[Report on the health of British troops in the Madras command]
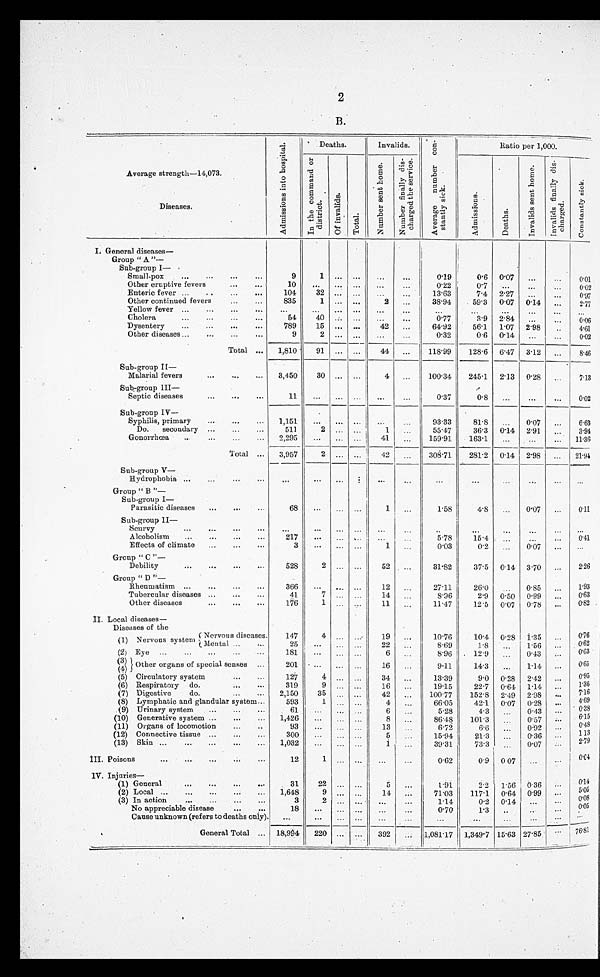
2
B.
Average strength—14,073.
Diseases.
A d m i s s i o n s i n t o h o s p i t a l .
Deaths.
Invalids.
A v e r a g e n u m b e r c o n - s t a n t l y s i c k .
Ratio per 1,000.
I n t h e c o m m a n d o r d i s t r i c t .
O f i n v a l i d s .
T o t a l .
N u m b e r s e n t h o m e .
N u m b e r f i n a l l y d i s - c h a r g e d t h e s e r v i c e .
A d m i s s i o n s .
D e a t h s .
I n v a l i d s s e n t h o m e .
I. General diseases
—
Group " A "—
Sub-group I
—
Small-pox
9
1
. . .
. . .
. . .
. . .
0.19
0.6 0.07 ...
. . .
0.01
Other eruptive fevers
10
...
. . .
. . .
. . .
. . .
0.22
0 . 7
. . .
. . .
. . .
Enteric fever
104
32 ... ...
...
...
13.63
7.4 2.27
. . .
. . .
0.97
Other continued fevers
835
1
. . .
. . .
2
. . .
38.94
59.3 0.07 0.14
2.77
Yellow fever
...
. . .
. . .
. . .
. . .
. . .
. . .
. . .
. . .
. . .
Cholera
54
40
. . .
. . .
. . .
. . .
0.77
3.9 2.84
. . . 0.06
Dysentery
789
15 ... ...
42 ...
64.92
56.1 1.07 2.98
..
4.61
Other diseases
9
2
. . .
. . .
. . .
. . .
0.32
0.6 0.14
. . . 0.02
Total
1,810
91 ...
. . .
44 ...
118.99
128.6 6.47 3.12 ...
8.46
Sub-group II
—
Malarial fevers
3,450
30 ... ...
4 ...
100.34
245.1 2.13 0.28
7.13
Sub-group III
—
Septic diseases
1 1
. . .
. . .
. . .
. . .
. . .
0.37
0.8
...
...
0.02
Sub-group IV—
Syphilis, primary
1,1.51
...
... ...
. . .
. . .
93.33
81.8 ...
0.07 ...
6.63
Do. secondary
511
2 ...
. . .
1 ...
55.47
36.3 0.14 2.9
...
3.94
Gonorrhœa
2,295
...
...
41 ...
159.91
163.1
...
...
... 11.36
Total
3,957
2 ...
. . .
42 ...
308.71
281.2 0.14 2.98 ... 21.94
Sub-group V
—
Hydrophobia
. . .
. . .
. . .
. . . . . .
. . .
. . . ...
...
. . .
Group " B "—
Sub-group 1
—
Parasitic diseases
68
. . .
...
. . .
. . .
. . .
1.58
4.8 ...
0.07
. . .
0.11
Sub-group II
—
Scurvy
. . .
. . .
. . .
. . .
. . .
. . .
. . . ...
. . .
. . .
. . .
Alcoholism
217
. . .
. . .
. . .
. . .
. . .
5.78
15.4
. . .
. . .
. . .
0.41
Effects of climate
3
. . .
. . .
. . .
1 ...
0.03
0.2 ...
0.07 ...
Group " C "
—
Debility
528
2 ...
. . .
52
. . .
31.82
37.5 0.14 3.70
. . .
2.26
Group " D "
—
Rheumatism
366
...
... ...
12 ...
27.11
26.0
...
0.85 ...
1.93
Tubercular diseases
41
7 ...
. . .
14 ...
8.96
2.9 0.50 0.99 ...
0.63
Other diseases
176
1
. . .
. . . 1 1
. . .
11.47
12.5 0.07 0.78 ...
0.82
II. Local diseases
—
Diseases of the
(1) Nervous system Nervous diseases.
147
4
. . .
. . .
19 ...
10.76
10.4 0.28 1.35
0.76
Mental
25
. . .
. . .
. . .
22 ...
8.69
1 . 8
. . .
1 . 5 6
...
0.62
(2) Eye
181
...
...
. . .
6 ...
8 . 9 6 12.9
. . .
0 . 4 3
. . .
0.63
(3) Other organs of special senses
201
. . .
...
. . .
16 ...
9.11
14.3
...
1.14 ...
0.65
(4)
(5) Circulatory system
127
4 ... ...
34
. . .
13.39
9.0 0.28 2.42
0.95
(6) Respiratory do.
319
9
. . .
. . .
16 ...
19.15
22.7 0.64 1.14 ...
1.36
(7) Digestive
do.
2,150
35 ...
. . .
42 ...
100.77
152.8 2.49 2.98
7.16
(8) Lymphatic and glandular system
593
1 ...
. . .
4 ...
66.05
42.1 0.07 0.28
4.69
(9) Urinary system
61
...
. . .
. . .
6
. . .
5.28
4.3
. . .
0.43 ...
0.38
(10) Generative system
1,426
. . .
. . .
. . .
8
...
86.48
101.3
...
0.57
(11) Organs of locomotion
93
...
. . .
. . .
13
. . .
6.72
6.6
. . .
0.92
. . .
0.48
(12) Connective tissue
300
. . .
. . .
. . .
5
. . .
15.94
21.3
...
0.36
1.13
(13) Skin
1,032
...
. . .
...
1
...
39.31
73.3
...
0.07
. . .
2.79
III. Poisons
12
1 . . .
...
...
...
0.62
0.9 0.07
. . .
...
0.64
IV. Injuries
—
(1) General
31
22
. . .
. . .
5
...
1.91
2.2 1.56 0.36
. . .
0.14
(2) Local
1,648
9
. . .
. . .
14
. . .
71.03
117.1 0.64 0.99
5.05
(3) In action
3
2 ...
. . .
. . .
. . .
1.14
0.2 0.14 ...
0.08
No appreciable disease
18
...
... ...
...
...
0.70
1.3
. . .
. . .
. . .
0.05
Cause unknown (refers to deaths only).
. . .
. . .
. . .
. . .
. . .
. . .
. . .
. . .
. . .
. . .
General Total
18,994 220 ... ...
392
. . .
1,081.17 1,349.7 15.63 27.85
76.81